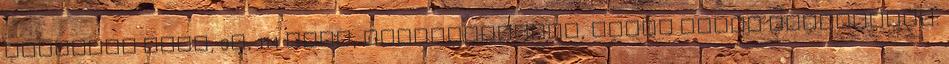
kerékpár lánc, 9s, 114 szem, patentszemmel, ezüst színû farkaselet: